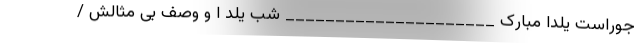
جوراست یلدا مبارک _____________________ شب یلد ا و وصف بی مثالش /